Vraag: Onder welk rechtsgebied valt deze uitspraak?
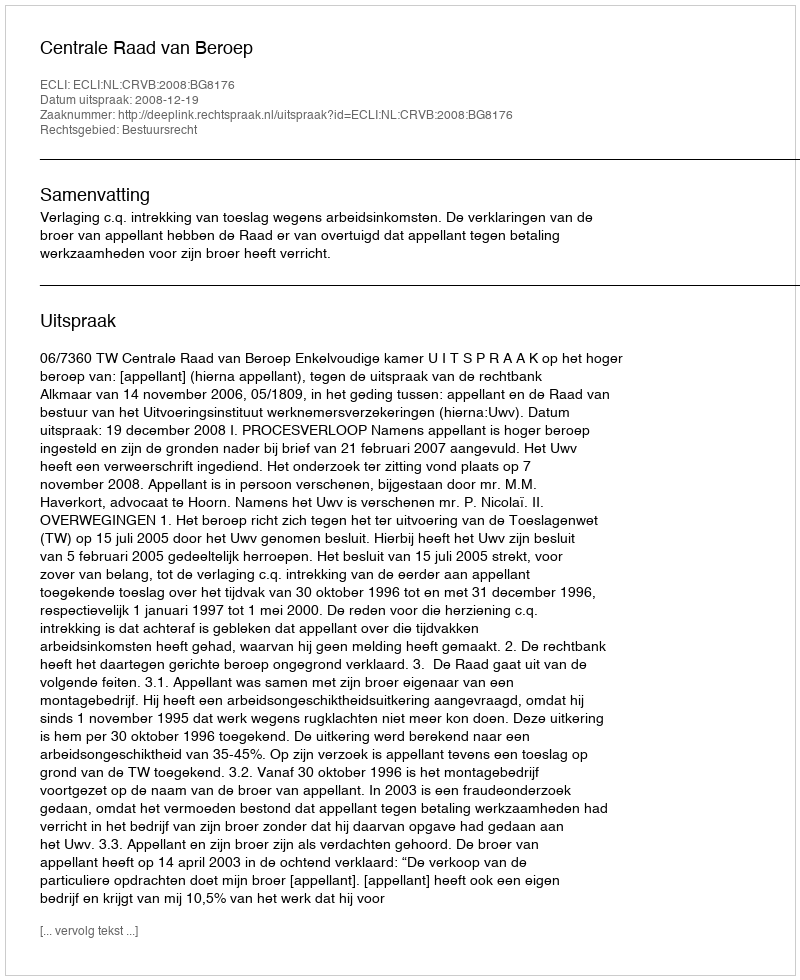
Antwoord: Bestuursrecht